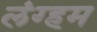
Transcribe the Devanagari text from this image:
लंग्हम